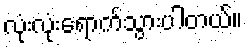
လုံးလုံးရောက်သွားပါတယ်။